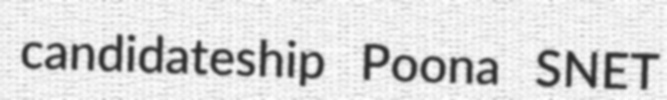
candidateship Poona SNET